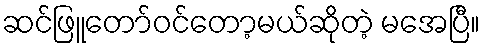
ဆင်ဖြူတော်ဝင်တော့မယ်ဆိုတဲ့ မအေပြီ။